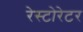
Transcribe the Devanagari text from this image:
रेस्टोरेटर